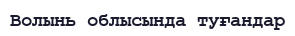
Волынь облысында туғандар